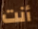
أنت